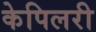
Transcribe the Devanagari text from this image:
केपिलरी